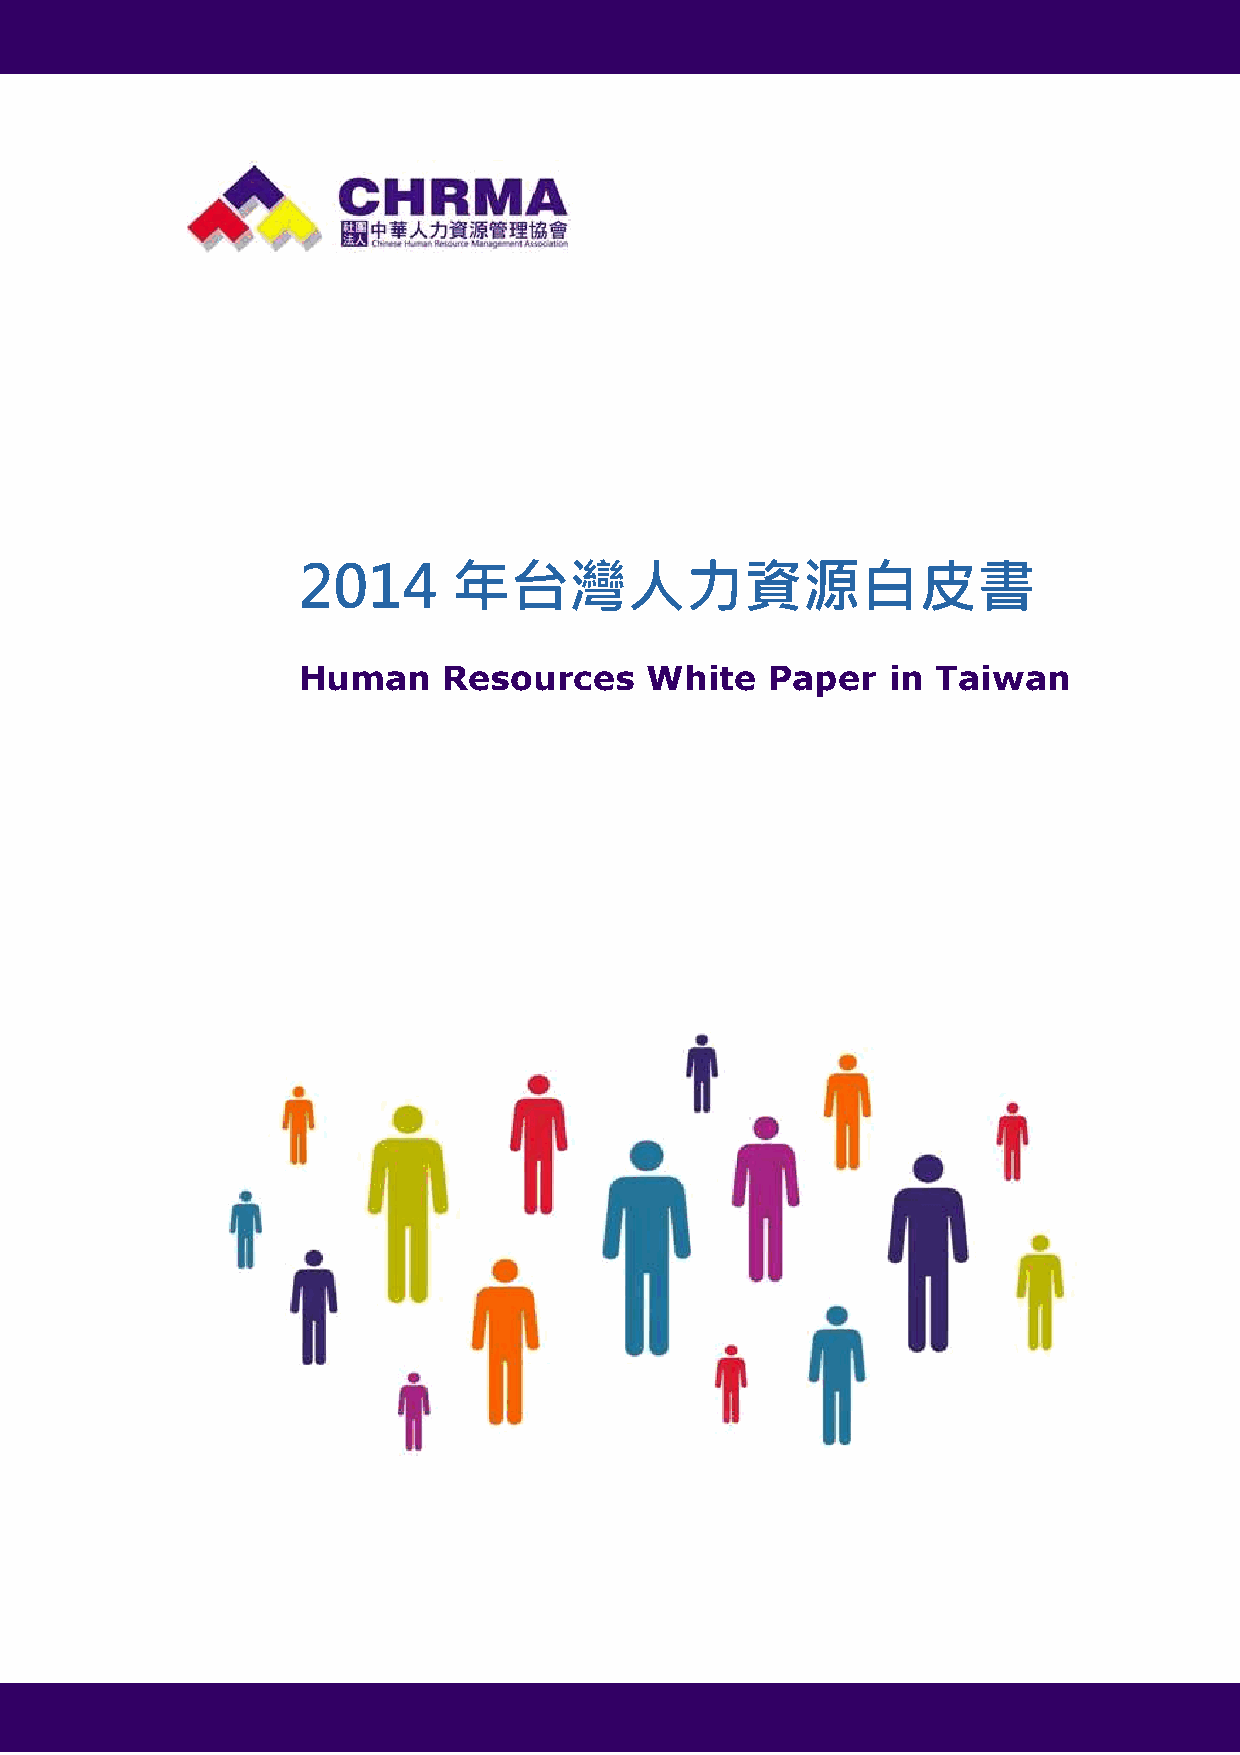
2014      年台灣人力資源白皮書
 Human    Resources     White   Paper   in Taiwan